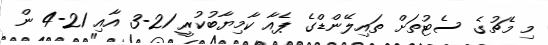
މި މެޗުގެ ސެޓުތަށް ތައިލޭންޑްގެ ޕެއާ ކާމިޔާބުކުރީ 21-3 އާއި 21-4 ން